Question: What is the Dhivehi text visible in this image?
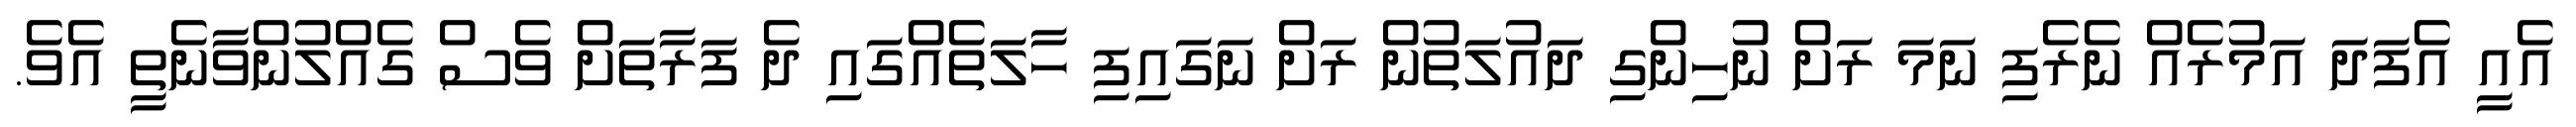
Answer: އެއީ އެފަދަ އަމުރެއް ނެރެފި ނަމަ ރަށް ނުހިންގި ދައުލަތުން ރަށް ނަގައިފި ހާލަތެއްގައި ދެ ފަރާތަށް ވެސް ގެއްލުންވާނެތީ އެވެ.